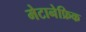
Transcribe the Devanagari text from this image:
मेटानेफ्रिक